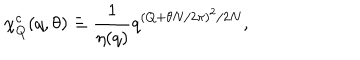
LaTeX: \chi _ { Q } ^ { c } ( q , \theta ) \equiv { \frac { 1 } { \eta ( q ) } } q ^ { ( Q + \theta N / 2 \pi ) ^ { 2 } / 2 N } ,